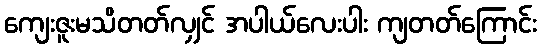
ကျေးဇူးမသိတတ်လျှင် အပါယ်လေးပါး ကျတတ်ကြောင်း